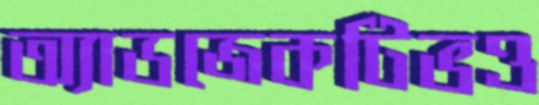
অ্যাডজেকটিভও